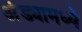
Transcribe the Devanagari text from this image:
अंड्यामध्ये